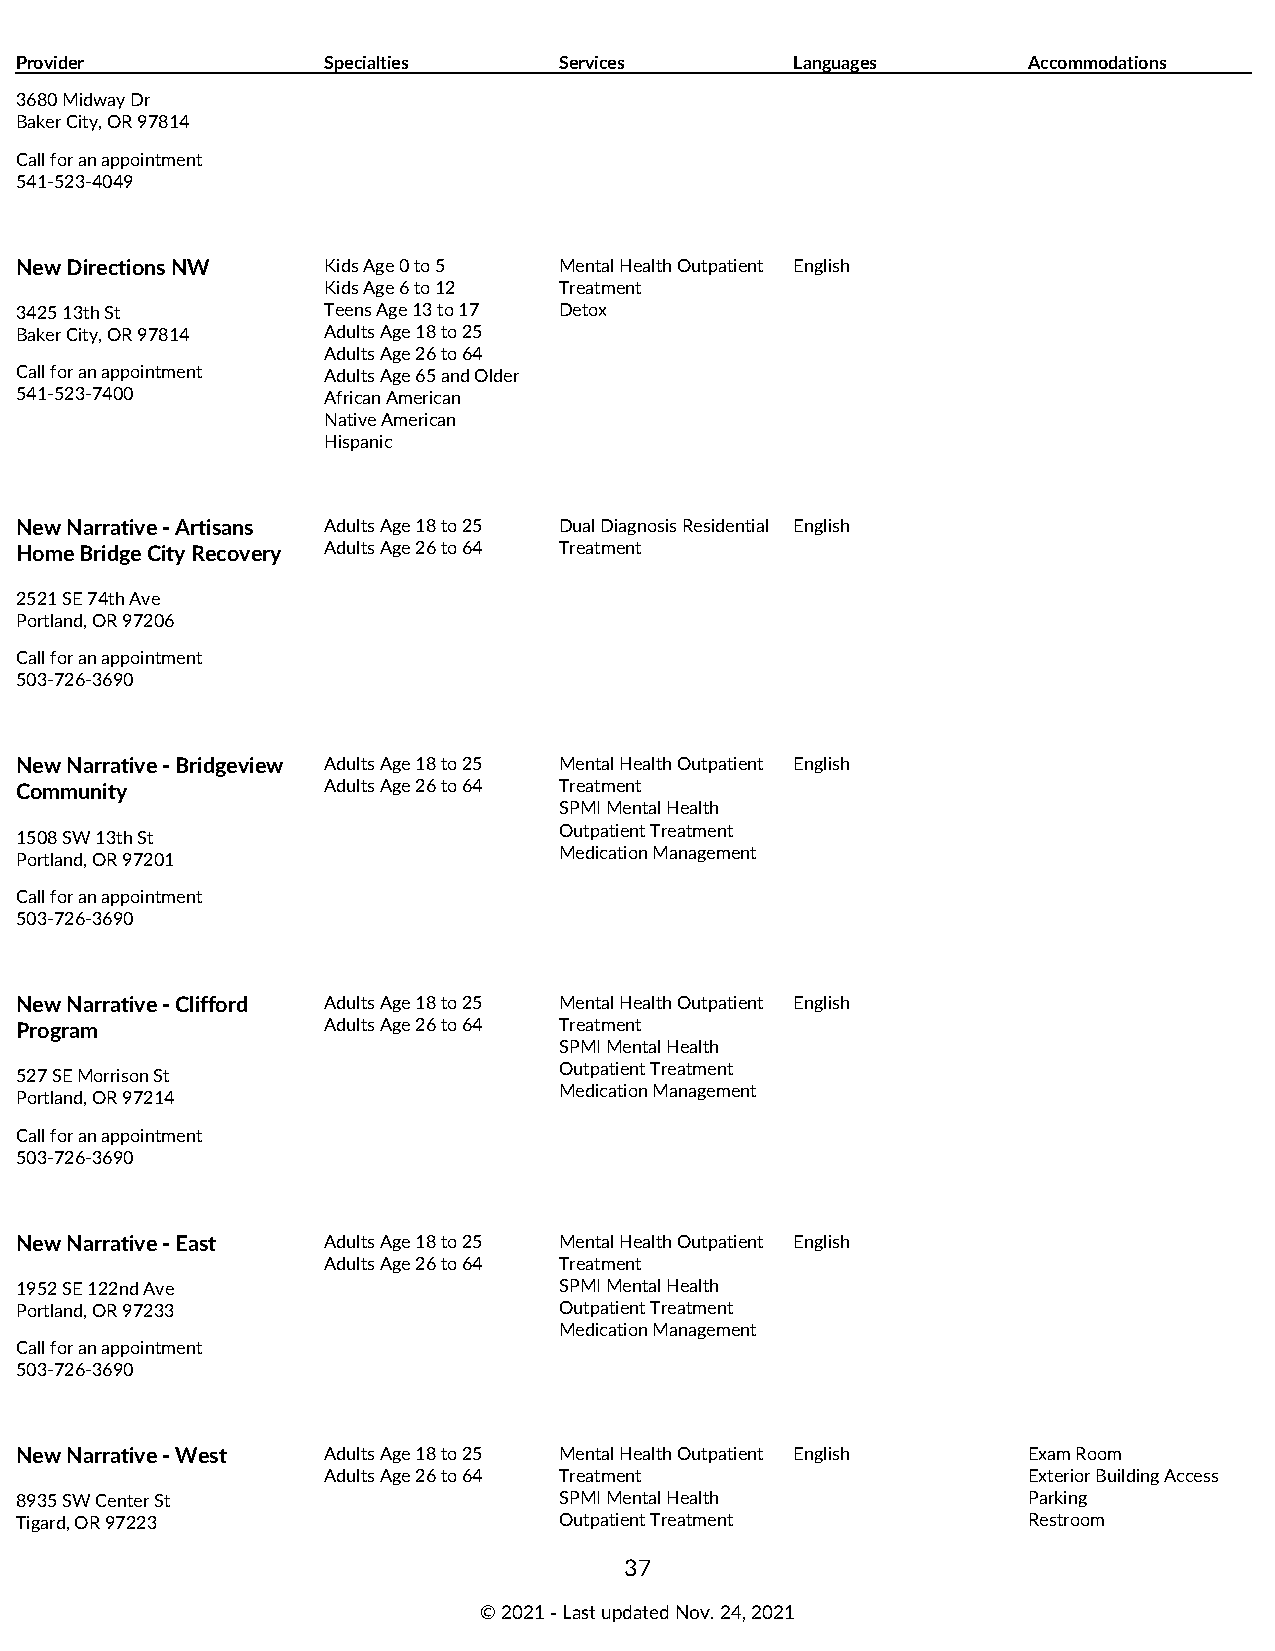
Provider            Specialties     Services        Languages      Accommodations
 3680 Midway Dr
 Baker City, OR 97814
 Call for an appointment
 541-523-4049
 New Directions NW   Kids Age 0 to 5 Mental Health Outpatient English
 Kids Age 6 to 12 Treatment
 3425 13th St        Teens Age 13 to 17 Detox
 Baker City, OR 97814 Adults Age 18 to 25
 Adults Age 26 to 64
 Call for an appointment Adults Age 65 and Older
 541-523-7400        African American
 Native American
 Hispanic
 New Narrative - Artisans Adults Age 18 to 25 Dual Diagnosis Residential English
 Home Bridge City Recovery Adults Age 26 to 64 Treatment
 2521 SE 74th Ave
 Portland, OR 97206
 Call for an appointment
 503-726-3690
 New Narrative - Bridgeview Adults Age 18 to 25 Mental Health Outpatient English
 Community           Adults Age 26 to 64 Treatment
 SPMI Mental Health
 Outpatient Treatment
 1508 SW 13th St
 Medication Management
 Portland, OR 97201
 Call for an appointment
 503-726-3690
 New Narrative - Clifford Adults Age 18 to 25 Mental Health Outpatient English
 Program             Adults Age 26 to 64 Treatment
 SPMI Mental Health
 Outpatient Treatment
 527 SE Morrison St
 Medication Management
 Portland, OR 97214
 Call for an appointment
 503-726-3690
 New Narrative - East Adults Age 18 to 25 Mental Health Outpatient English
 Adults Age 26 to 64 Treatment
 1952 SE 122nd Ave                   SPMI Mental Health
 Portland, OR 97233                  Outpatient Treatment
 Medication Management
 Call for an appointment
 503-726-3690
 New Narrative - West Adults Age 18 to 25 Mental Health Outpatient English Exam Room
 Adults Age 26 to 64 Treatment                  Exterior Building Access
 8935 SW Center St                   SPMI Mental Health             Parking
 Tigard, OR 97223                    Outpatient Treatment           Restroom
 37
 © 2021 ‑ Last updated Nov. 24, 2021